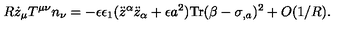
R \dot { z } _ { \mu } T ^ { \mu \nu } n _ { \nu } = - \epsilon \epsilon _ { 1 } ( \ddot { z } ^ { \alpha } \ddot { z } _ { \alpha } + \epsilon a ^ { 2 } ) \mathrm { T r } ( \beta - \sigma _ { , a } ) ^ { 2 } + O ( 1 / R ) .